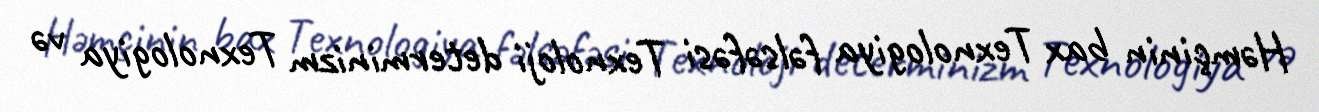
Həmçinin bax Texnologiya fəlsəfəsi Texnoloji determinizm Texnologiya və